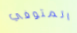
المتوفي